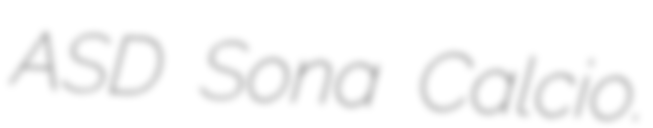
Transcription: ASD Sona Calcio.